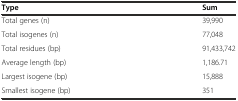
| Type | Sum |
 | --- | --- |
 | Total genes (n) | 39,990 |
 | Total isogenes (n) | 77,048 |
 | Total residues (bp) | 91,433,742 |
 | Average length (bp) | 1,186.71 |
 | Largest isogene (bp) | 15,888 |
 | Smallest isogene (bp) | 351 |